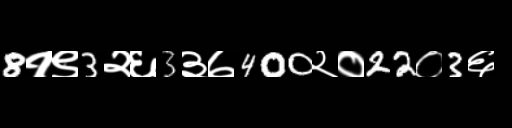
Text: 8१९3२६3३७400२०22०3६